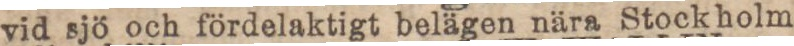
vid sjö och fördelaktigt belägen nära Stock holm